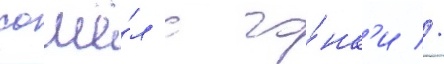
сошё́л с го́нк'и //